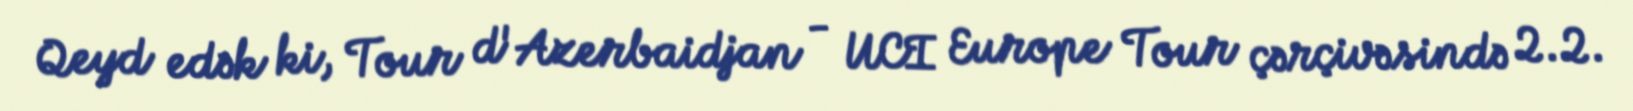
Qeyd edək ki, Tour d'Azerbaidjan - UCI Europe Tour çərçivəsində 2.2.